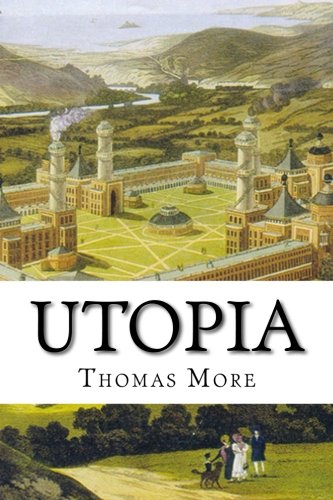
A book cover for Utopia; Thomas More; Literature & Fiction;